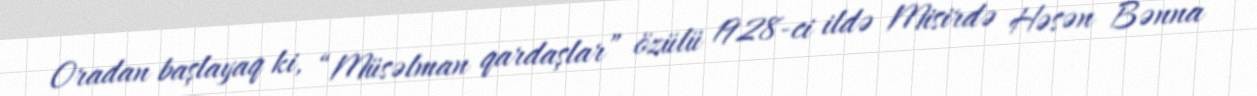
Oradan başlayaq ki, “Müsəlman qardaşlar” özülü 1928-ci ildə Misirdə Həsən Bənna